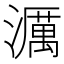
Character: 濿